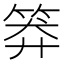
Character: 𥮎